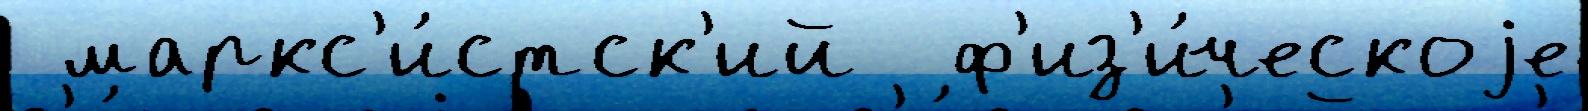
 маркс'и́стск'ий  ф'из'и́ческоjе